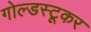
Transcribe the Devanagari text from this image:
गोल्डस्टूकर